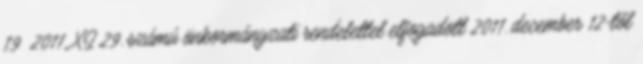
19 2011. XI.29. számú önkormányzati rendelettel elfogadott 2011. december 12-től